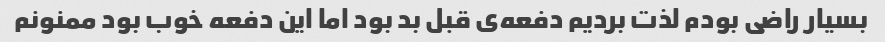
بسیار راضی بودم لذت بردیم دفعه‌ی قبل بد بود اما این دفعه خوب بود ممنونم